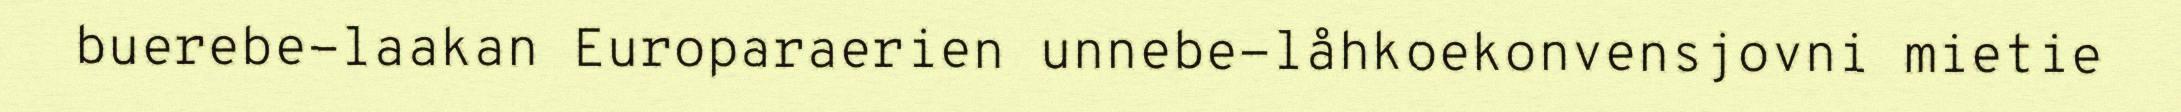
buerebe-laakan Europaraerien unnebe-låhkoekonvensjovni mietie